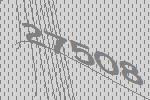
27508